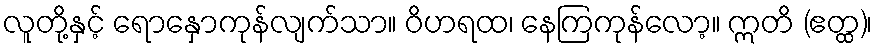
လူတို့နှင့် ရောနှောကုန်လျက်သာ။ ဝိဟရထ၊ နေကြကုန်လော့။ ဣတိ (ဧတ္ထ)၊